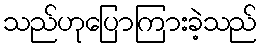
သည်ဟုပြောကြားခဲ့သည်